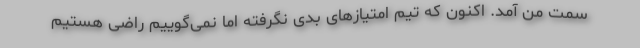
سمت من آمد. اکنون که تیم امتیازهای بدی نگرفته اما نمی‌گوییم راضی هستیم